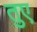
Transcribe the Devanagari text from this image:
तुए